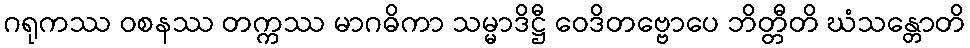
ဂရုကဿ ဝစနဿ တက္ကဿ မာဂဓိကာ သမ္မာဒိဋ္ဌီ ဝေဒိတဗ္ဗောပေ ဘိတ္တီတိ ဃံသန္တောတိ